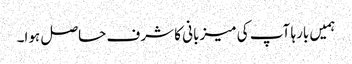
ہمیں بارہا آپ کی میزبانی کا شرف حاصل ہوا۔